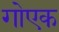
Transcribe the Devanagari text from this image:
गोएक